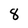
Character: 8